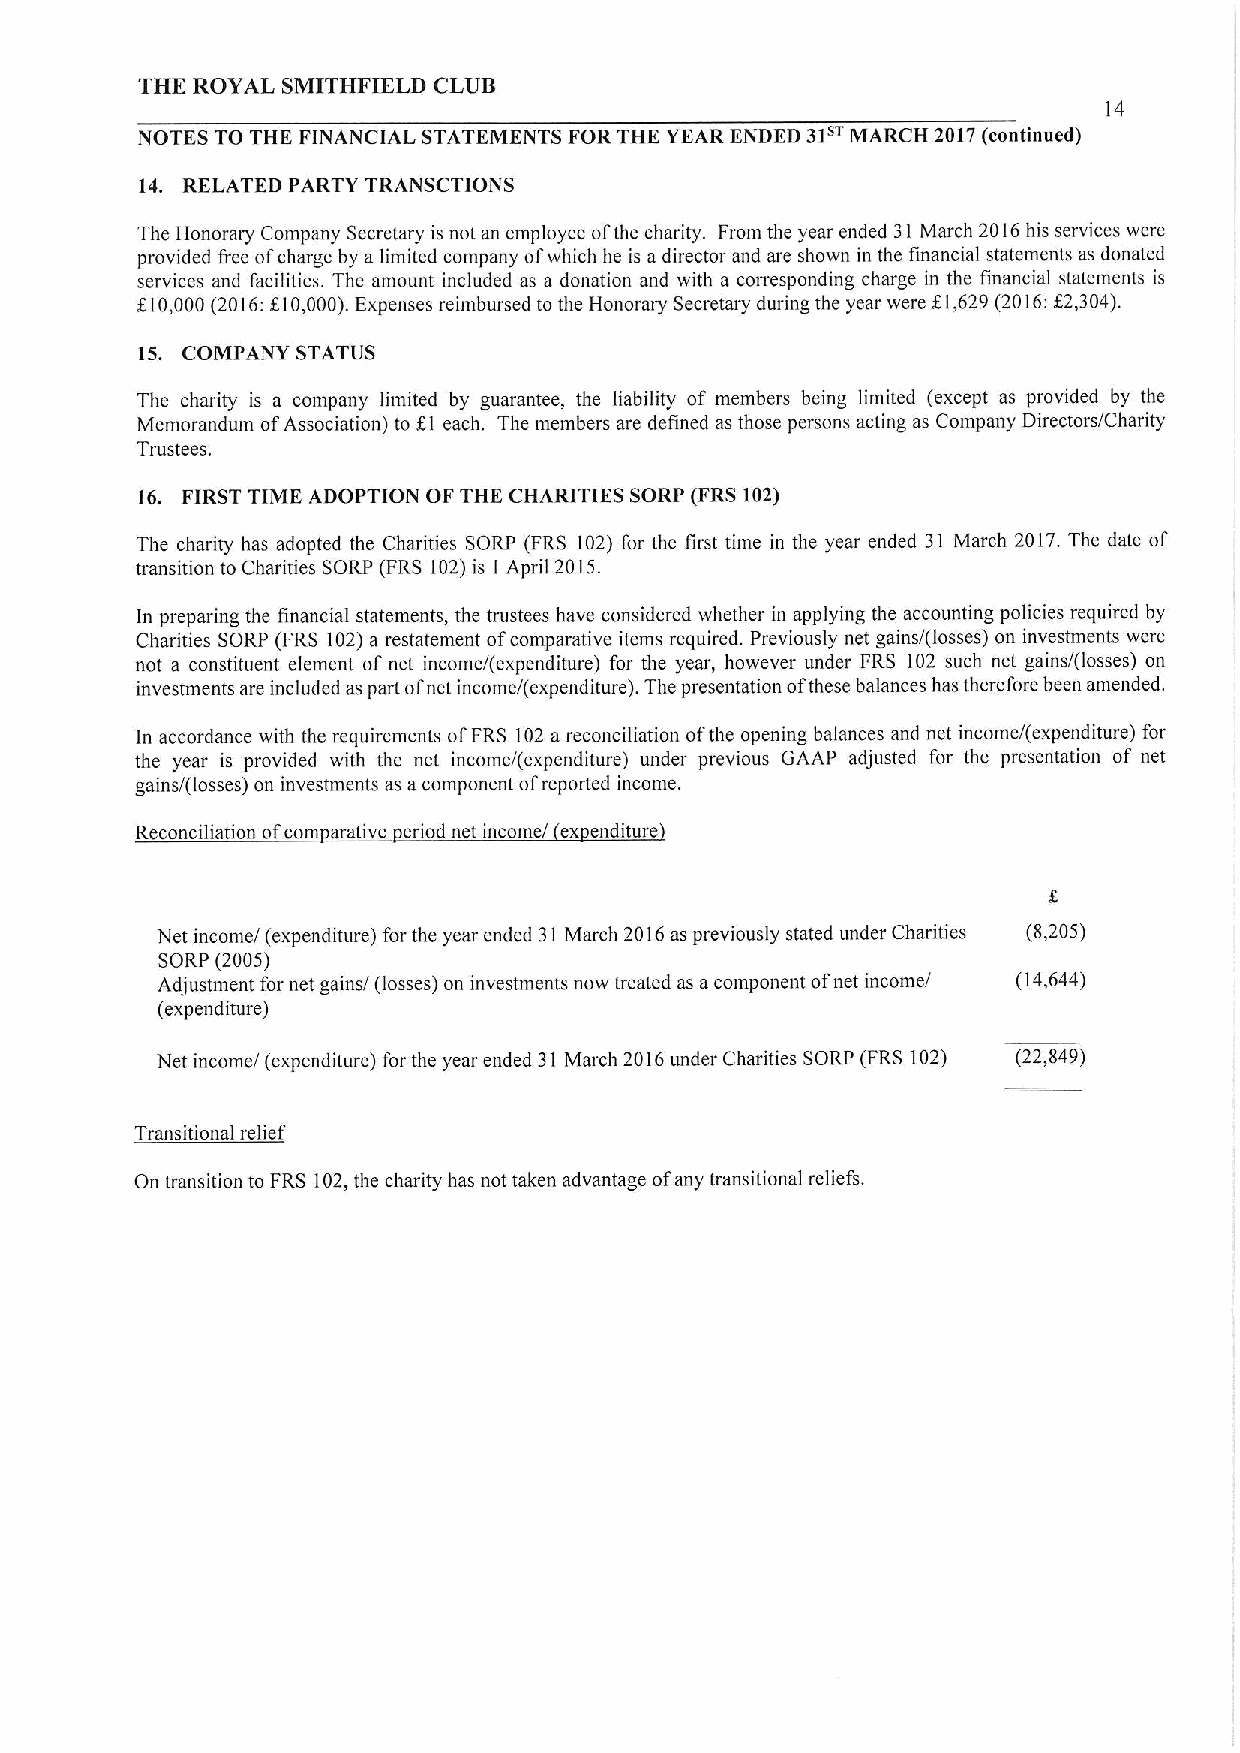
THK ROYAL SMITHFIELD CLUB
 14
 NOTES TO THE FINANCIAL STATEMENTS FOR THE YEAR ENDED 31 MARCH 2017(continued)
 14. RELATED PARTY TRANSCTIONS
 The Honorary Company Secretary is not an employee ofthe charity, From the year ended 31 March 2016his services were
 provided free ofcharge by a limited company ofwhich he is adirector and are shown in the financial statements as donated
 services and facilities. The amount included as a donation and with a corresponding charge in the financial statements is
 f10,000(2016:610,000).Expenses reimbursed to the Honorary Secretary during the year were 61,629(2016:g2,304).
 15. COMPANY STATUS
 The charity is a company limited by guarantee, the liability of members being limited (except as provided by the
 Memorandum ofAssociation) to $.1 each. The members are defined as those persons acting as Company Directors/Charity
 Trustees.
 16. FIRSTTIME ADOPTION OF THE CHARITIES SORP (FRS102)
 The charity has adopted the Charities SORP (FRS 102) for the first time in the year ended 31 March 2017.The date of
 transition to Charities SORP (FRS 102)is 1 Apri12015.
 In preparing the financial statements, the trustees have considered whether in applying the accounting policies required by
 Charities SORP (FRS 102)a restatement ofcomparative items required. Previously net gains/(losses) on investments were
 not a constituent element of net income/(expenditure) for the year, however under FRS 102 such net gains/(losses) on
 investments are included as part ofnet income/(expenditure). The presentation ofthese balances has therefore been amended.
 In accordance with the requirements ofFRS 102areconciliation ofthe opening balances and net income/(expenditure) for
 the year is provided with the net income/(expenditure) under previous GAAP adjusted for the presentation of net
 gains/(losses) on investments as acomponent ofreported income.
 Reconciliation ofcoin arative eriodnetincome/ ex enditure
 Net income/ (expenditure) for the year ended 31March 2016as previously stated under Charities (8,205)
 SORE (2005)
 Adjustment for net gains/ (losses) on investments now treated as acomponent ofnet income/ (14,644)
 (expenditure)
 Net income/ (expenditure) for the year ended 31March 2016under Charities SORP (FRS 102) (22,849)
 Transitional relief
 On transition to FRS 102,the charity has not taken advantage ofany transitional reliefs.